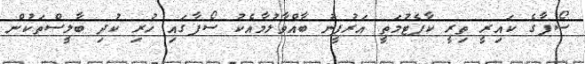
ސޯފާގެ ކައިރީ ތިރީ ކާޕެޓުމަތީ އަރުފީނު ބާއްވާލުމާއެކު ސޯފާގައި ހުރި ކުދި ބާލީސްތަކުން